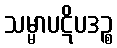
သမ္မာပဋိပဒဉ္စ